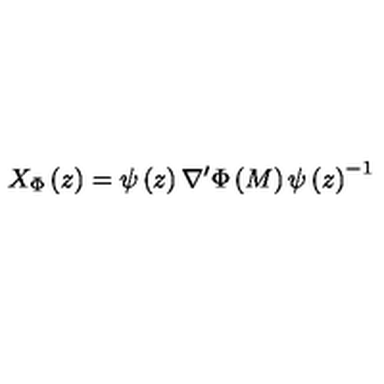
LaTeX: X _ { \Phi } \left( z \right) = \psi \left( z \right) \nabla ^ { \prime } \Phi \left( M \right) \psi \left( z \right) ^ { - 1 }